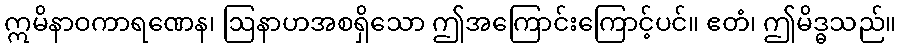
ဣမိနာဝကာရဏေန၊ ဩနာဟအစရှိသော ဤအကြောင်းကြောင့်ပင်။ ဧတံ၊ ဤမိဒ္ဓသည်။